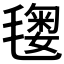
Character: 𣯲